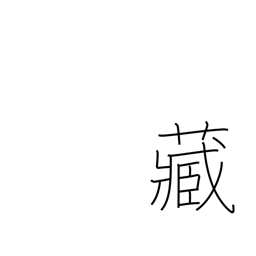
Meaning: own